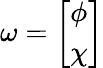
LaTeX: \omega={\left[\begin{array}{l}{\phi}\\ {\chi}\end{array}\right]}